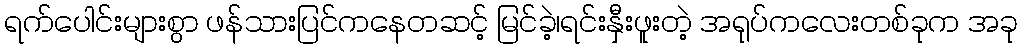
ရက်ပေါင်းများစွာ ဖန်သားပြင်ကနေတဆင့် မြင်ခဲ့၊ရင်းနှီးဖူးတဲ့ အရုပ်ကလေးတစ်ခုက အခု